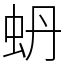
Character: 蚒